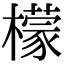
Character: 檬